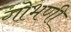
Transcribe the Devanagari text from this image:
गोभणी